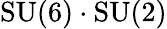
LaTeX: \mathrm{SU}(6)\cdot\mathrm{SU}(2)